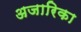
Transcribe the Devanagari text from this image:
अजारिका